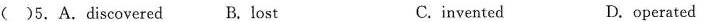
()5. A. Discovered B. lost C.invented D.operated